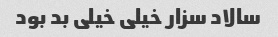
سالاد سزار خیلی خیلی بد بود